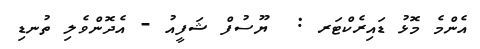
އެންމެ މޮޅު ޑައިރެކްޓަރ :  ޔޫސުފް ޝަފީއު - އެދޮންވެލި ތުނޑި